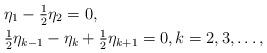
LaTeX: \begin{align*}&\eta_1 - \tfrac12 \eta_2 =0,\\ & \tfrac12 \eta_{k-1} - \eta_{k} + \tfrac12 \eta_{k+1} =0,k=2,3,\ldots,\end{align*}